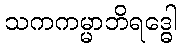
သကကမ္မာဘိရဒ္ဓေါ